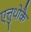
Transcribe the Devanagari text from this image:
एत्तुथोकै